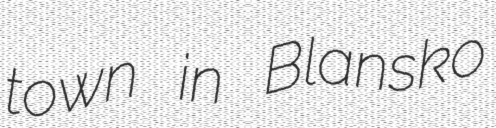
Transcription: town in Blansko